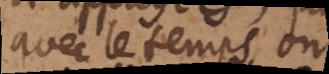
avec le temps on